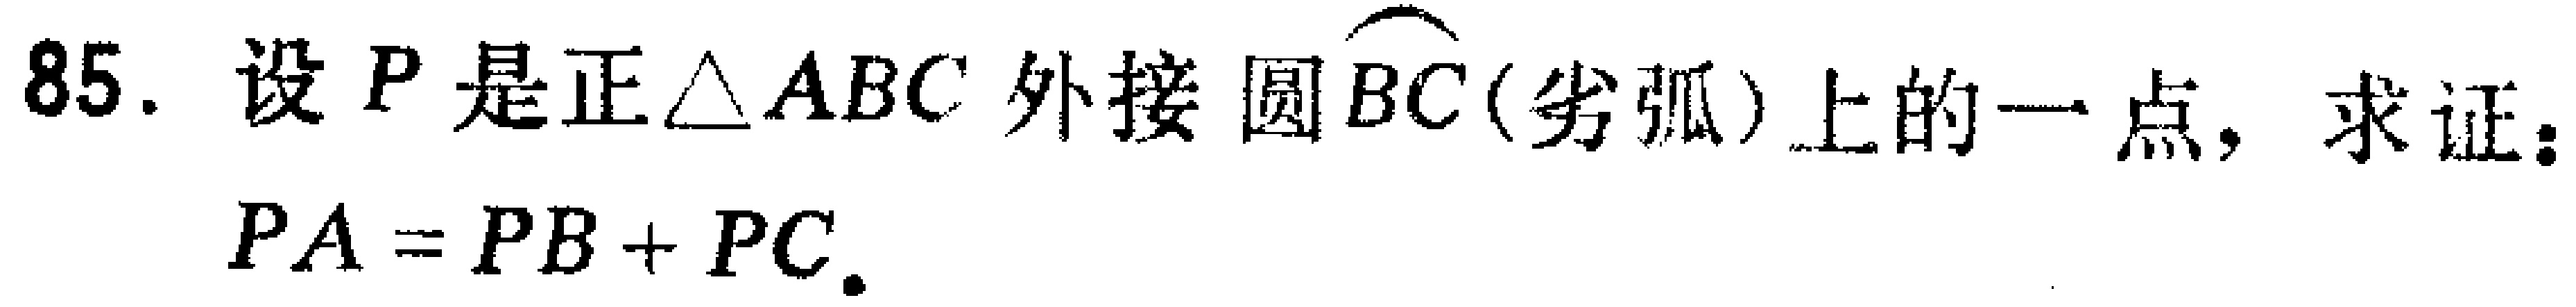
85. 设 \(P\) 是正\(\triangle ABC\) 外接圆\(\overset{\frown}{BC}\)(劣弧) 上的一点，求证：
\(PA = PB + PC\).